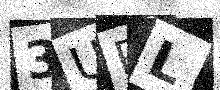
Text: 3UPL